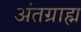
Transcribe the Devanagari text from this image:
अंतग्राह्म